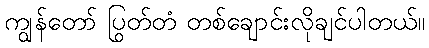
ကျွန်တော် ပြွတ်တံ တစ်ချောင်းလိုချင်ပါတယ်။